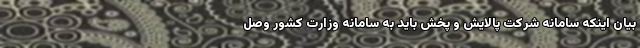
بیان اینکه سامانه شرکت پالایش و پخش باید به سامانه وزارت کشور وصل